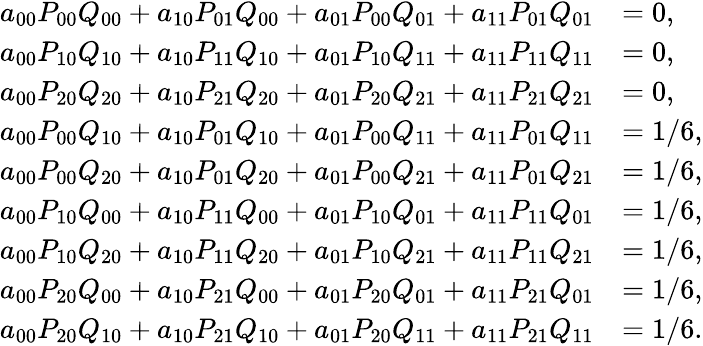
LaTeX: \begin{array}{rl}{a_{00}P_{00}Q_{00}+a_{10}P_{01}Q_{00}+a_{01}P_{00}Q_{01}+a_{11}P_{01}Q_{01}}&{=0,}\\ {a_{00}P_{10}Q_{10}+a_{10}P_{11}Q_{10}+a_{01}P_{10}Q_{11}+a_{11}P_{11}Q_{11}}&{=0,}\\ {a_{00}P_{20}Q_{20}+a_{10}P_{21}Q_{20}+a_{01}P_{20}Q_{21}+a_{11}P_{21}Q_{21}}&{=0,}\\ {a_{00}P_{00}Q_{10}+a_{10}P_{01}Q_{10}+a_{01}P_{00}Q_{11}+a_{11}P_{01}Q_{11}}&{=1/6,}\\ {a_{00}P_{00}Q_{20}+a_{10}P_{01}Q_{20}+a_{01}P_{00}Q_{21}+a_{11}P_{01}Q_{21}}&{=1/6,}\\ {a_{00}P_{10}Q_{00}+a_{10}P_{11}Q_{00}+a_{01}P_{10}Q_{01}+a_{11}P_{11}Q_{01}}&{=1/6,}\\ {a_{00}P_{10}Q_{20}+a_{10}P_{11}Q_{20}+a_{01}P_{10}Q_{21}+a_{11}P_{11}Q_{21}}&{=1/6,}\\ {a_{00}P_{20}Q_{00}+a_{10}P_{21}Q_{00}+a_{01}P_{20}Q_{01}+a_{11}P_{21}Q_{01}}&{=1/6,}\\ {a_{00}P_{20}Q_{10}+a_{10}P_{21}Q_{10}+a_{01}P_{20}Q_{11}+a_{11}P_{21}Q_{11}}&{=1/6.}\end{array}